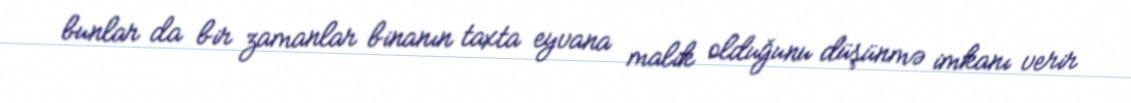
bunlar da bir zamanlar binanın taxta eyvana malik olduğunu düşünmə imkanı verir